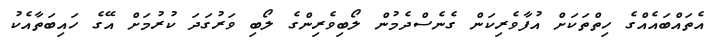
އެތައްބައެއްގެ ހިތްތަކަށް އުފާވެރިކަން ގެނެސްދެމުން ލޯބިވެރިންގެ ލޯބި ވަރުގަދަ ކުރުމަށް އޭގެ ހައިބަތާއެކު